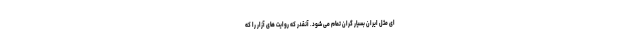
ای مثل ایران بسیار گران تمام می شود. آنقدر که روایت های آزار را که